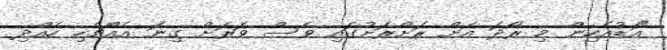
"އަޑުއެހިން މި ރޯދަ އަށް ރަށްރަށުގައި ވެސް ވަރަށް ގިނަ އެއްޗެހި ހެއްދި